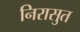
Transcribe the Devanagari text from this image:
निरासुत